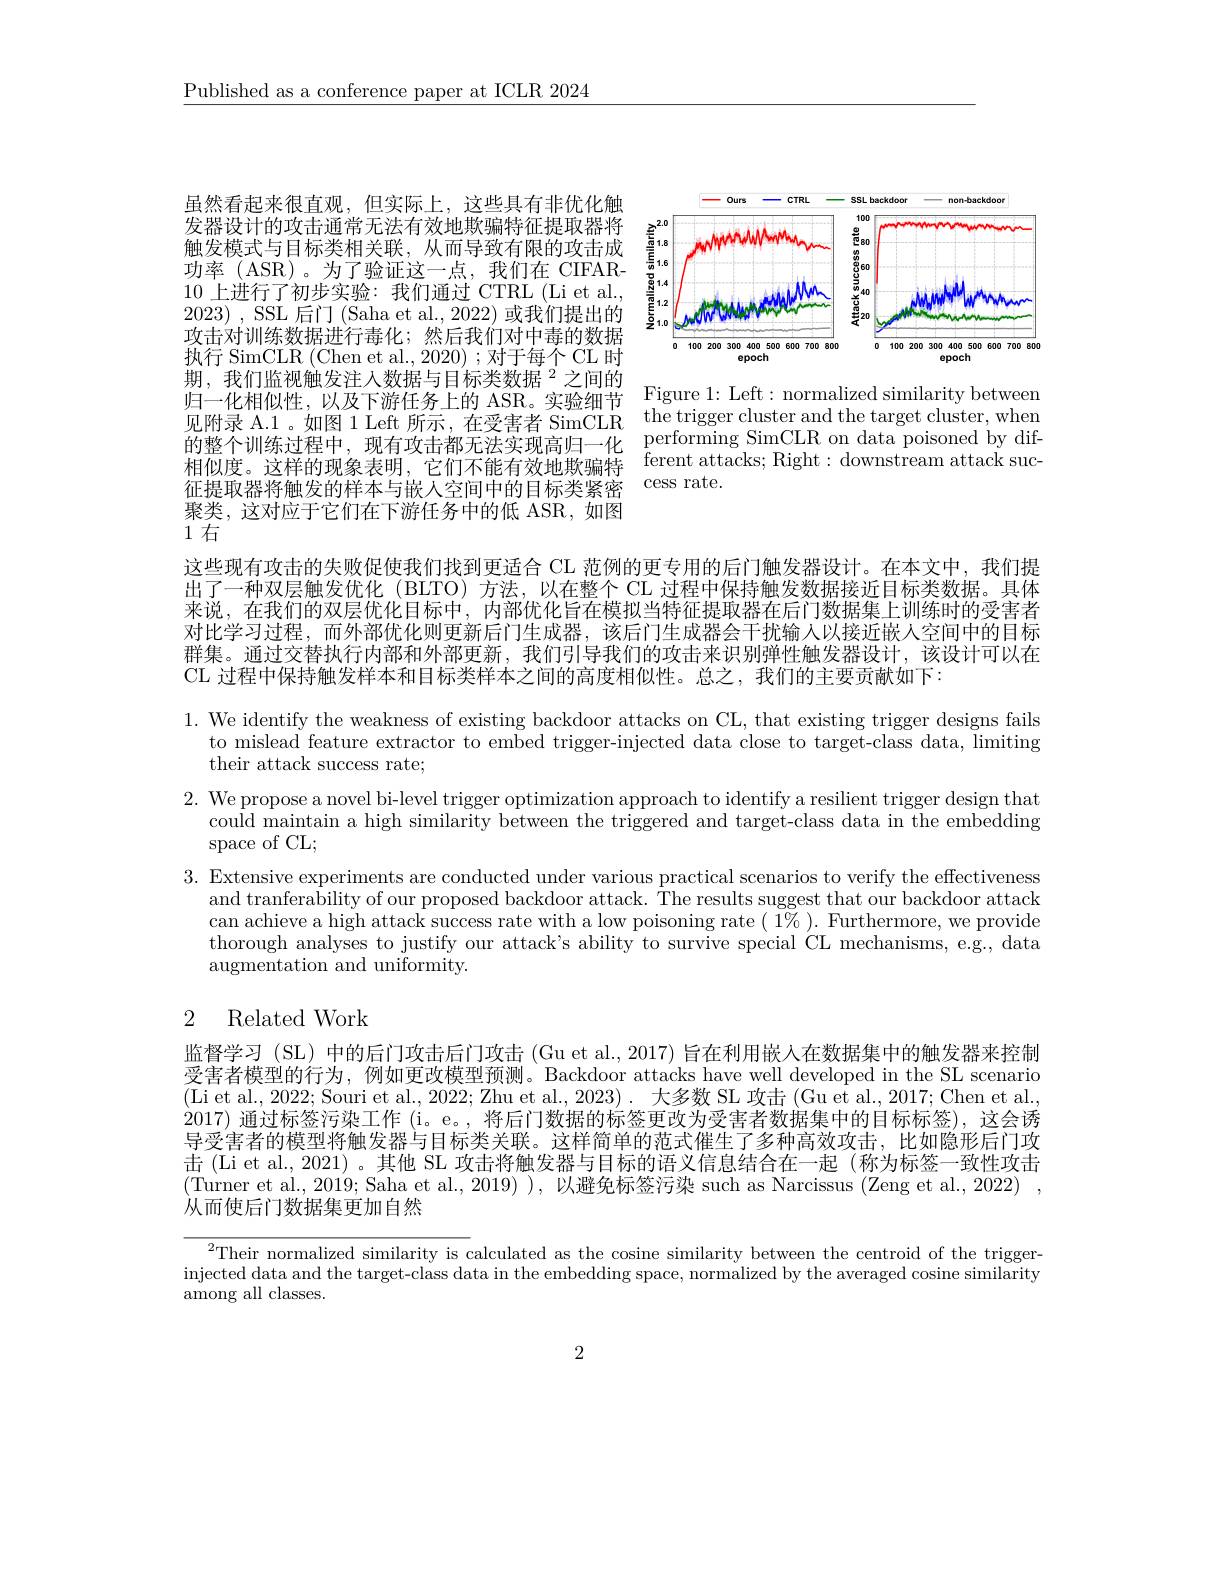
Published as a conference paper at ICLR 2024

<FigureHere>

虽然看起来很直观，但实际上，这些具有非优化触发器设计的攻击通常无法有效地欺骗特征提取器将触发模式与目标类相关联，从而导致有限的攻击成功率 (ASR)。为了验证这一点，我们在 CIFAR- 10上进行了初步实验：我们通过 CTRL (Li et al., 2023),SSL后门 (Saha et al., 2022) 或我们提出的攻击对训练数据进行毒化；然后我们对中毒的数据$\mathop{\text{执行 SimCLR (Chen et al.,2020) ;对于每个 CL 时}}$ 期，我们监视触发注人数据与目标类数据$^{2}$之间的归一化相似性，以及下游任务上的 ASR。实验细节见附录 A.1 。如图 1 Left 所示，在受害者 SimCLR 的整个训练过程中，现有攻击都无法实现高归一化相似度。这样的现象表明，它们不能有效地欺骗特 ferent attacks; Right: downstream attack suc-
征提取器将触发的样本与嵌人空间中的目标类紧密聚类，这对应于它们在下游任务中的低 ASR,如图1右

Figure 1: Left: normalized similarity between the trigger cluster and the target cluster, when performing SimCLR on data poisoned by difcess rate.

这些现有攻击的失败促使我们找到更适合 CL 范例的更专用的后门触发器设计。在本文中，我们提出了一种双层触发优化(BLTO)方法，以在整个 CL 过程中保持触发数据接近目标类数据。具体来说，在我们的双层优化目标中，内部优化旨在模拟当特征提取器在后门数据集上训练时的受害者对比学习过程，而外部优化则更新后门生成器，该后门生成器会干扰输入以接近嵌人空间中的目标群集。通过交替执行内部和外部更新，我们引导我们的攻击来识别弹性触发器设计，该设计可以在CL 过程中保持触发样本和目标类样本之间的高度相似性。总之，我们的主要贡献如下：

1. We identify the weakness of existing backdoor attacks on CL, that existing trigger designs fails
to mislead feature extractor to embed trigger-injected data close to target-class data, limiting
their attack success rate;
2. We propose a novel bi-level trigger optimization approach to identify a resilient trigger design that
could maintain a high similarity between the triggered and target-class data in the embedding
space of CL;
3. Extensive experiments are conducted under various practical scenarios to verify the effectiveness
$a$nd tranferability of our proposed backdoor attack. $\hat{\text{The results suggest that our backdoor attack}}$ can achieve a high attack success rate with a low poisoning rate $(1\%).$ Furthermore, we provide thorough analyses to justify our attack's ability to survive special CL mechanisms, e.g., data augmentation and uniformity.

## 2 Related Work

监督学习 (SL) 中的后门攻击后门攻击 (Gu et al., 2017) 旨在利用嵌入在数据集中的触发器来控制受害者模型的行为，例如更改模型预测。Backdoor attacks have well developed in the SL scenario (Li et al., 2022; Souri et al., 2022; Zhu et al., 2023). 大多数 SL 攻击 (Gu et al., 2017; Chen et al., 2017)通过标签污染工作 (i。e。, 将后门数据的标签更改为受害者数据集中的目标标签),这会诱导受害者的模型将触发器与目标类关联。这样简单的范式催生了多种高效攻击，比如隐形后门攻击 (Li et al., 2021)。其他 SL 攻击将触发器与目标的语义信息结合在一起 (称为标签一致性攻击(Turner et al.,2019; Saha et al.,2019) ), 以避免标签污染 such as Narcissus (Zeng et al., 2022) , 从而使后门数据集更加自然

$^{2}$Their normalized similarity is calculated as the cosine similarity between the centroid of the trigger- $\begin{array}{c}\text{injected data and the target-class data in the embedding space, normalized by the averaged cosine similarity}\end{array}$ among all classes.

2